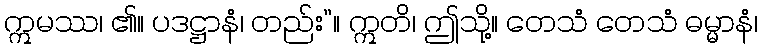
ဣမဿ၊ ၏။ ပဒဋ္ဌာနံ၊ တည်း”။ ဣတိ၊ ဤသို့။ တေသံ တေသံ ဓမ္မာနံ၊